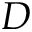
D